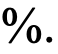
%.